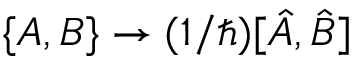
\{ A , B \} \to ( 1 / \hbar ) [ \hat { A } , \hat { B } ]